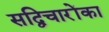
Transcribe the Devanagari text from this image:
सद्विचारोंका